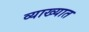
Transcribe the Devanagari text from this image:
व्याख्यात